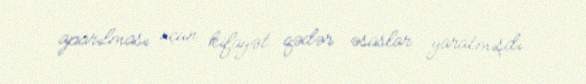
aparılması üçün kifayət qədər əsaslar yaratmışdı.